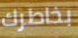
بخاطرك